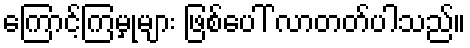
ကြောင့်ကြမှုများ ဖြစ်ပေါ် လာတတ်ပါသည်။